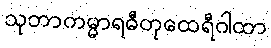
သုဘာကမ္မာရဓီတုထေရီဂါထာ